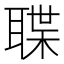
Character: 𮋶